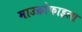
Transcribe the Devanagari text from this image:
माउक्रोफाइला